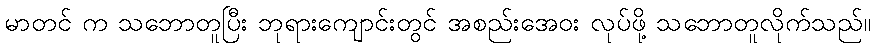
မာတင် က သဘောတူပြီး ဘုရားကျောင်းတွင် အစည်းအေဝး လုပ်ဖို့ သဘောတူလိုက်သည်။